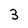
Character: 3